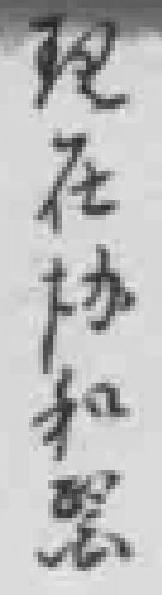
现在协和*